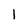
Character: 1